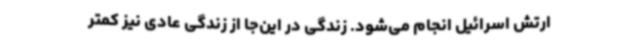
ارتش اسرائیل انجام می‌شود. زندگی در این‌جا از زندگی عادی نیز کمتر